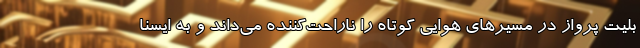
بلیت پرواز در مسیرهای هوایی کوتاه را ناراحت‌کننده می‌داند و به ایسنا